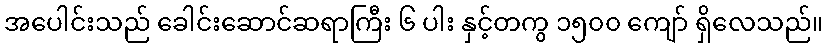
အပေါင်းသည် ခေါင်းဆောင်ဆရာကြီး ၆ ပါး နှင့်တကွ ၁၅၀၀ ကျော် ရှိလေသည်။